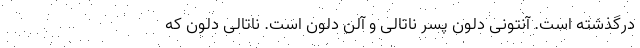
درگذشته است. آنتونی دلون پسر ناتالی و آلن دلون است. ناتالی دلون که